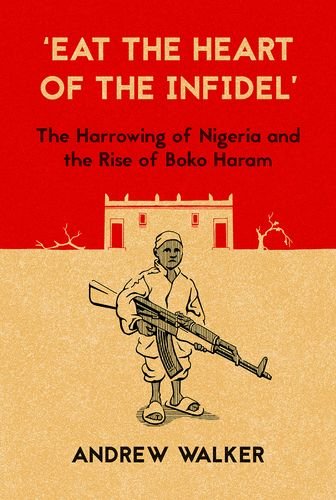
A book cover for "Eat the Heart of the Infidel": The Harrowing of Nigeria and  the Rise of Boko Haram; Andrew Walker; History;